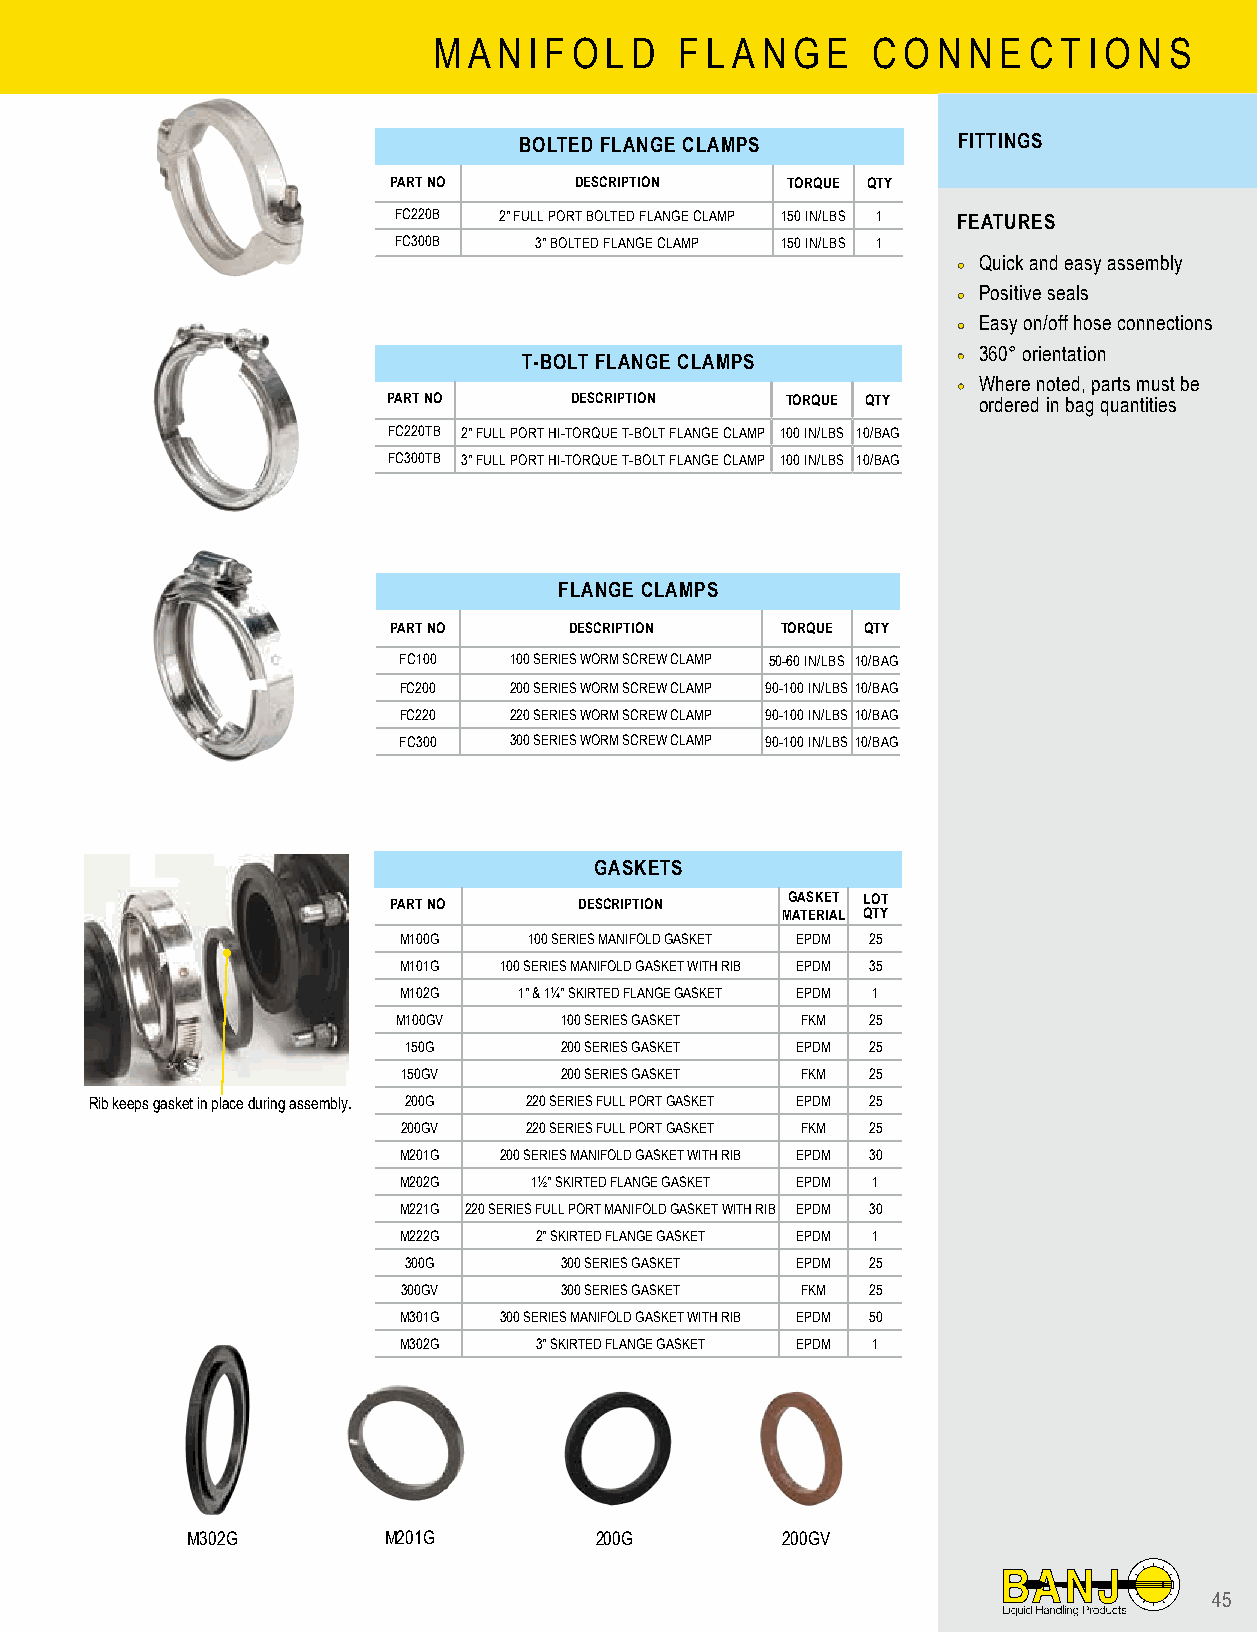
M A N I F O L D F L A N G E  C O N N E C T I O N S
 BOLTED FLANGE CLAMPS         FITTINGS
 PART NO     DESCRIPTION   TORQUE QTY
 FC220B 2" FULL PORT BOLTED FLANGE CLAMP 150 IN/LBS 1 FEATURES
 FC300B   3" BOLTED FLANGE CLAMP 150 IN/LBS 1
 •• Quick and easy assembly
 •• Positive seals
 •• Easy on/off hose connections
 T-BOLT FLANGE CLAMPS        •• 360° orientation
 •• Where noted, parts must be
 PART NO     DESCRIPTION   TORQUE QTY   ordered in bag quantities
 FC220TB 2" FULL PORT HI-TORQUE T-BOLT FLANGE CLAMP 100 IN/LBS 10/BAG
 FC300TB 3" FULL PORT HI-TORQUE T-BOLT FLANGE CLAMP 100 IN/LBS 10/BAG
 FLANGE CLAMPS
 PART NO     DESCRIPTION   TORQUE QTY
 FC100   100 SERIES WORM SCREW CLAMP 50-60 IN/LBS 10/BAG
 FC200   200 SERIES WORM SCREW CLAMP 90-100 IN/LBS 10/BAG
 FC220   220 SERIES WORM SCREW CLAMP 90-100 IN/LBS 10/BAG
 FC300   300 SERIES WORM SCREW CLAMP 90-100 IN/LBS 10/BAG
 GASKETS
 PART NO     DESCRIPTION   GASKET LOT
 MATERIAL QTY
 M100G    100 SERIES MANIFOLD GASKET EPDM 25
 M101G  100 SERIES MANIFOLD GASKET WITH RIB EPDM 35
 M102G   1" & 1¼" SKIRTED FLANGE GASKET EPDM 1
 M100GV     100 SERIES GASKET FKM 25
 150G      200 SERIES GASKET EPDM 25
 150GV     200 SERIES GASKET FKM 25
 Rib keeps gasket in place during assembly. 200G 220 SERIES FULL PORT GASKET EPDM 25
 200GV   220 SERIES FULL PORT GASKET FKM 25
 M201G  200 SERIES MANIFOLD GASKET WITH RIB EPDM 30
 M202G    1½" SKIRTED FLANGE GASKET EPDM 1
 M221G 220 SERIES FULL PORT MANIFOLD GASKET WITH RIB EPDM 30
 M222G    2" SKIRTED FLANGE GASKET EPDM 1
 300G      300 SERIES GASKET EPDM 25
 300GV     300 SERIES GASKET FKM 25
 M301G  300 SERIES MANIFOLD GASKET WITH RIB EPDM 50
 M302G    3" SKIRTED FLANGE GASKET EPDM 1
 M302G        M201G         200G         200GV
 45